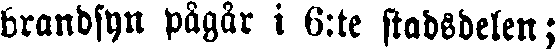
brandsyn pågår i 6:te stadsdelen;